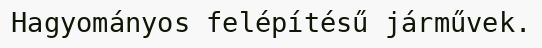
Hagyományos felépítésű járművek.